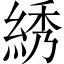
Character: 綉